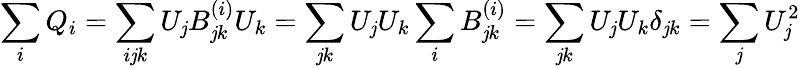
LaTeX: \sum_{i}Q_{i}=\sum_{i\mathit{j}k}U_{\mathit{j}}B_{\mathit{j}k}^{(i)}U_{k}=\sum_{\mathit{j}k}U_{\mathit{j}}U_{k}\sum_{i}B_{\mathit{j}k}^{(i)}=\sum_{\mathit{j}k}U_{\mathit{j}}U_{k}\delta_{\mathit{j}k}=\sum_{\mathit{j}}U_{\mathit{j}}^{2}